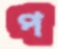
প